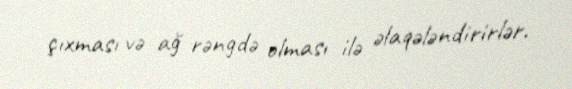
çıxması və ağ rəngdə olması ilə əlaqələndirirlər.